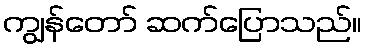
ကျွန်တော် ဆက်ပြောသည်။